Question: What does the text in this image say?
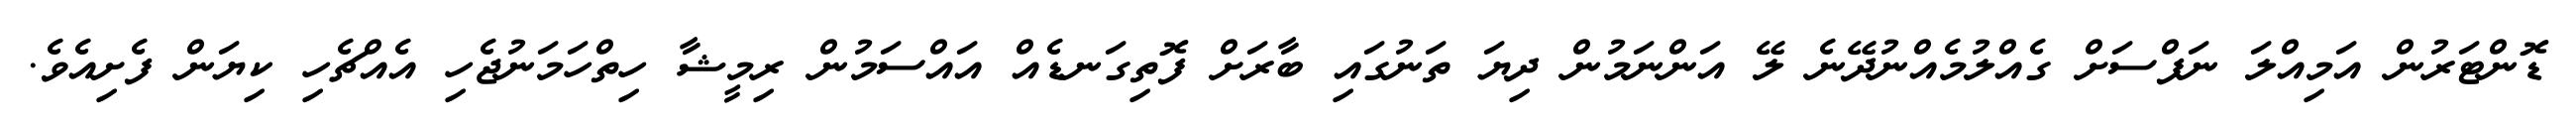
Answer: ޑޮންޓަރުން އަމިއްލަ ނަފްސަށް ގެއްލުމެއްނުދޭނެ ލޭ އަންނަމުން ދިޔަ ތަނުގައި ބާރަށް ފޮތިގަނޑެއް އައްސަމުން ރިމީޝާ ހިތްހަމަނުޖެހި އެއްޗެހި ކިޔަން ފެށިއެވެ.